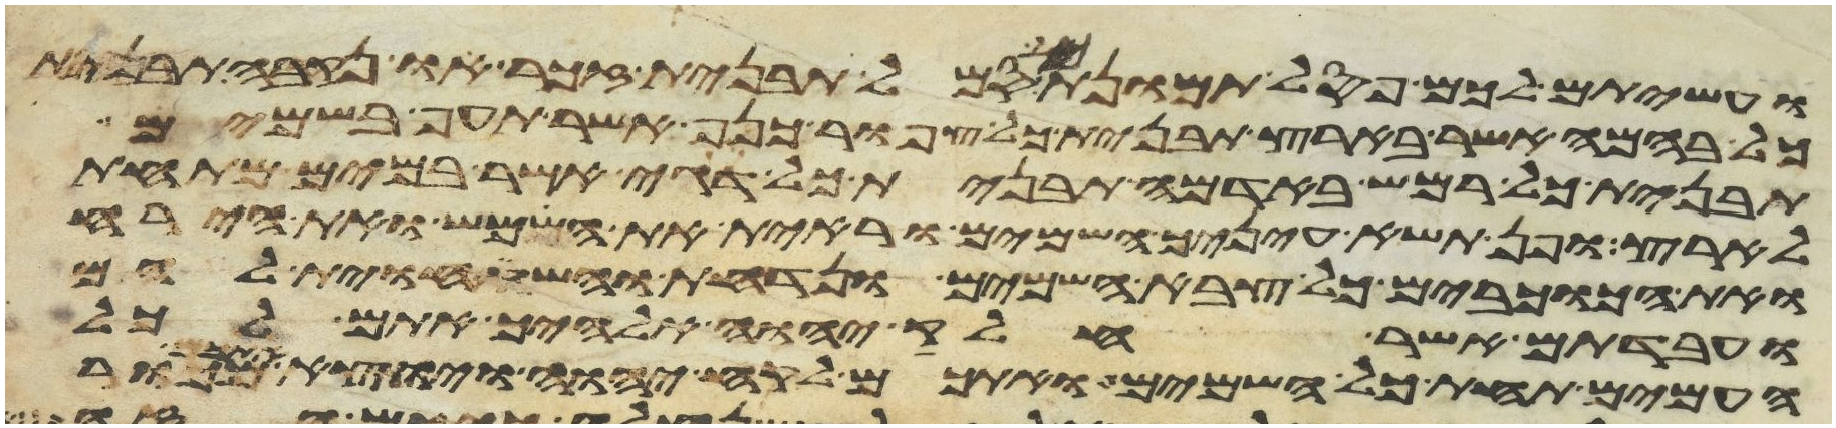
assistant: ועשיתם לכם פסל תמונת כל סמל תבנית זכר או נקבה תבנית
כל בהמה אשר בארץ תבנית כל צפור כנף אשר תעף בשמים
תבנית כל רמש באדמה תבנית כל דגי אשר במים מתחת
לארץ ופן תשא עיניך השמים וראית את השמש ואת הירח
ואת הכוכבים כל צבא השמים ונדחת והשתחוית להם
ועבדתם אשר חלק יהוה אלהיך אתם לכל
העמים תחת כל השמים ואתכם לקח יהוה ויוצא אתכם מכור